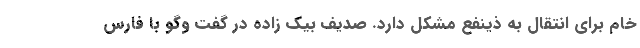
خام برای انتقال به ذینفع مشکل دارد. صدیف بیک زاده در گفت وگو با فارس